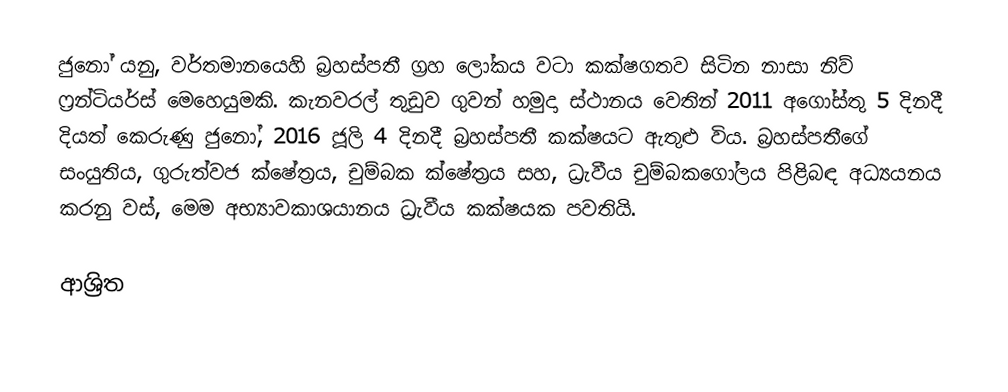
ජුනෝ යනු,  වර්තමානයෙහි බ්‍රහස්පතී ග්‍රහ ලෝකය වටා කක්ෂගතව සිටින නාසා නිව් ෆ්‍රන්ටියර්ස් මෙහෙයුමකි. කැනවරල් තුඩුව ගුවන් හමුදා ස්ථානය වෙතින් 2011 අගෝස්තු 5 දිනදී දියත් කෙරුණු ජුනෝ,  2016 ජූලි 4 දිනදී බ්‍රහස්පතී කක්ෂයට ඇතුළු විය. බ්‍රහස්පතීගේ සංයුතිය, ගුරුත්වජ ක්ෂේත්‍රය, චුම්බක ක්ෂේත්‍රය සහ, ධ්‍රැවීය චුම්බකගෝලය පිළිබඳ අධ්‍යයනය කරනු වස්, මෙම අභ්‍යාවකාශයානය ධ්‍රැවීය කක්ෂයක පවතියි.

ආශ්‍රිත